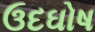
ઉદઘોષ